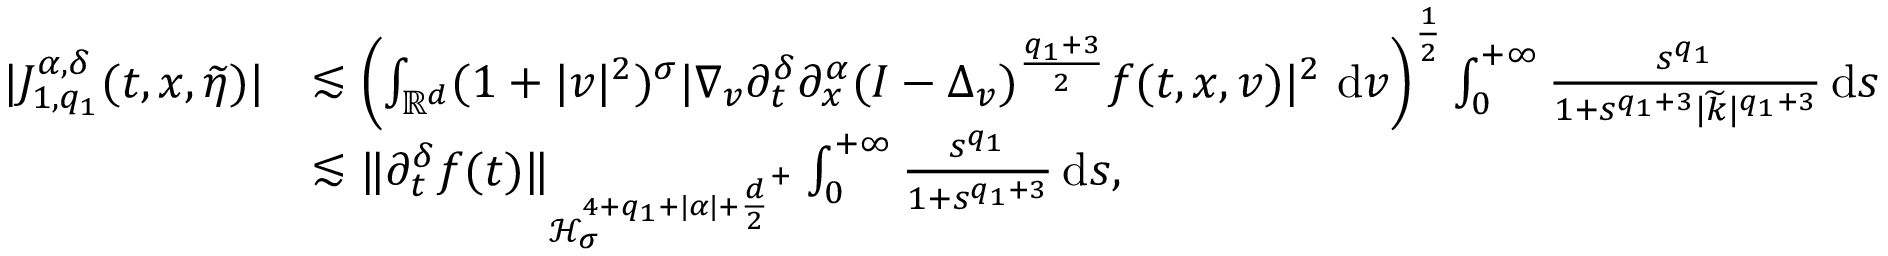
\begin{array} { r l } { \vert J _ { 1 , q _ { 1 } } ^ { \alpha , \delta } ( t , x , \widetilde { \eta } ) \vert } & { \lesssim \left( \int _ { \mathbb R ^ { d } } ( 1 + \vert v \vert ^ { 2 } ) ^ { \sigma } \vert \nabla _ { v } \partial _ { t } ^ { \delta } \partial _ { x } ^ { \alpha } ( I - \Delta _ { v } ) ^ { \frac { q _ { 1 } + 3 } { 2 } } f ( t , x , v ) \vert ^ { 2 } \ \mathrm { d } v \right) ^ { \frac { 1 } { 2 } } \int _ { 0 } ^ { + \infty } \frac { s ^ { q _ { 1 } } } { 1 + s ^ { q _ { 1 } + 3 } \vert \widetilde { k } \vert ^ { q _ { 1 } + 3 } } \, \mathrm { d } s } \\ & { \lesssim \Vert \partial _ { t } ^ { \delta } f ( t ) \Vert _ { \mathcal { H } _ { \sigma } ^ { 4 + q _ { 1 } + \vert \alpha \vert + { \frac { d } { 2 } } ^ { + } } } \int _ { 0 } ^ { + \infty } \frac { s ^ { q _ { 1 } } } { 1 + s ^ { q _ { 1 } + 3 } } \, \mathrm { d } s , } \end{array}